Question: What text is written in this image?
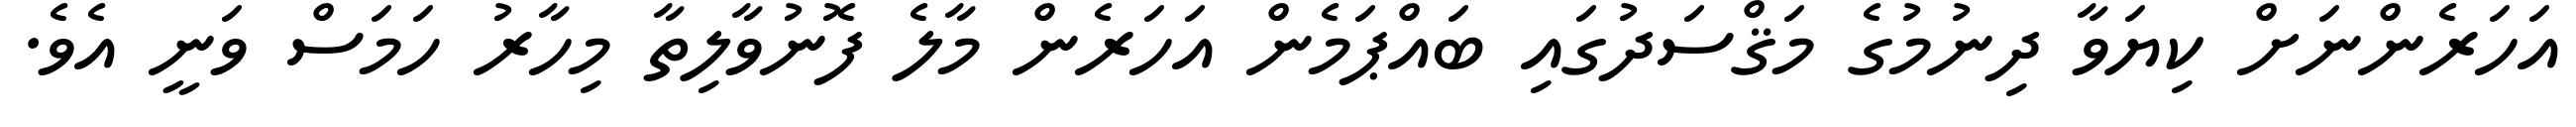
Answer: އަހަރެންނަށް ކިޔަވާ ދިނުމުގެ މަޤްސަދުގައި ބައްޕަމެން އަހަރެން މާލެ ފޮނުވާލިތާ މިހާރު ހަމަސް ވަނީ އެވެ.